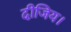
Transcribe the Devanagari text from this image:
दीजिय।